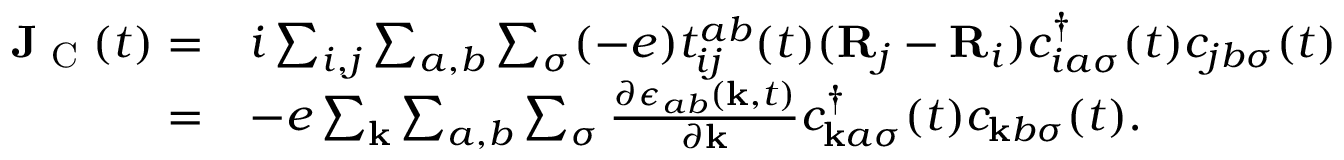
\begin{array} { r l } { \mathbf { J } _ { \textrm { C } } ( t ) = } & { i \sum _ { i , j } \sum _ { a , b } \sum _ { \sigma } ( - e ) t _ { i j } ^ { a b } ( t ) ( \mathbf { R } _ { j } - \mathbf { R } _ { i } ) c _ { i a \sigma } ^ { \dagger } ( t ) c _ { j b \sigma } ( t ) } \\ { = } & { - e \sum _ { \mathbf { k } } \sum _ { a , b } \sum _ { \sigma } \frac { \partial \epsilon _ { a b } ( \mathbf { k } , t ) } { \partial \mathbf { k } } c _ { \mathbf { k } a \sigma } ^ { \dagger } ( t ) c _ { \mathbf { k } b \sigma } ( t ) . } \end{array}